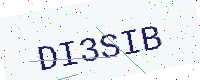
Text: DI3SIB